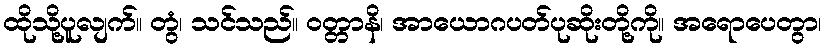
ထိုသို့ပူလျက်။ တွံ၊ သင်သည်။ ဝတ္တာနိ၊ အာယောဂပတ်ပုဆိုးတို့ကို။ အရောပေတွာ၊